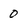
Character: 0